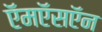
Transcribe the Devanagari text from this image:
ऍमऍसऍन